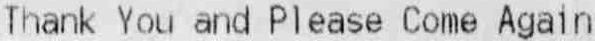
THANK YOU AND PLEASE COME AGAIN